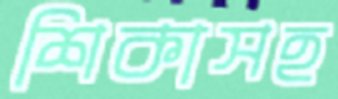
শিকাসহ